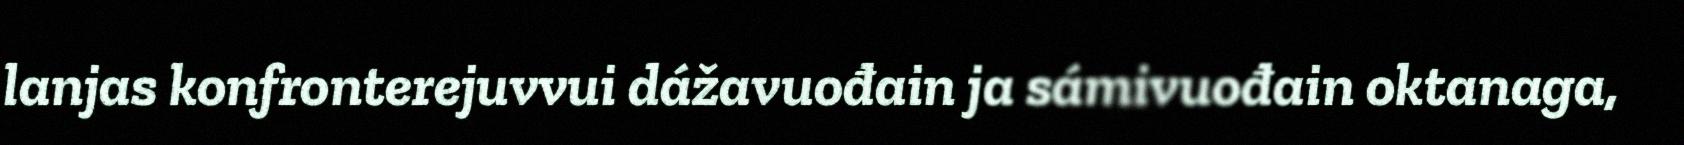
lanjas konfronterejuvvui dážavuođain ja sámivuođain oktanaga,